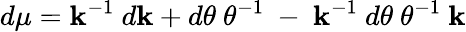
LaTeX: d\mu=\mathbf{k}^{-1}~d\mathbf{k}+d\theta~\theta^{-1}~-~\mathbf{k}^{-1}~d\theta~\theta^{-1}~\mathbf{k}